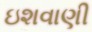
ઇશવાણી